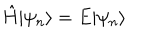
\hat { H } | \psi _ { n } \rangle = E | \psi _ { n } \rangle